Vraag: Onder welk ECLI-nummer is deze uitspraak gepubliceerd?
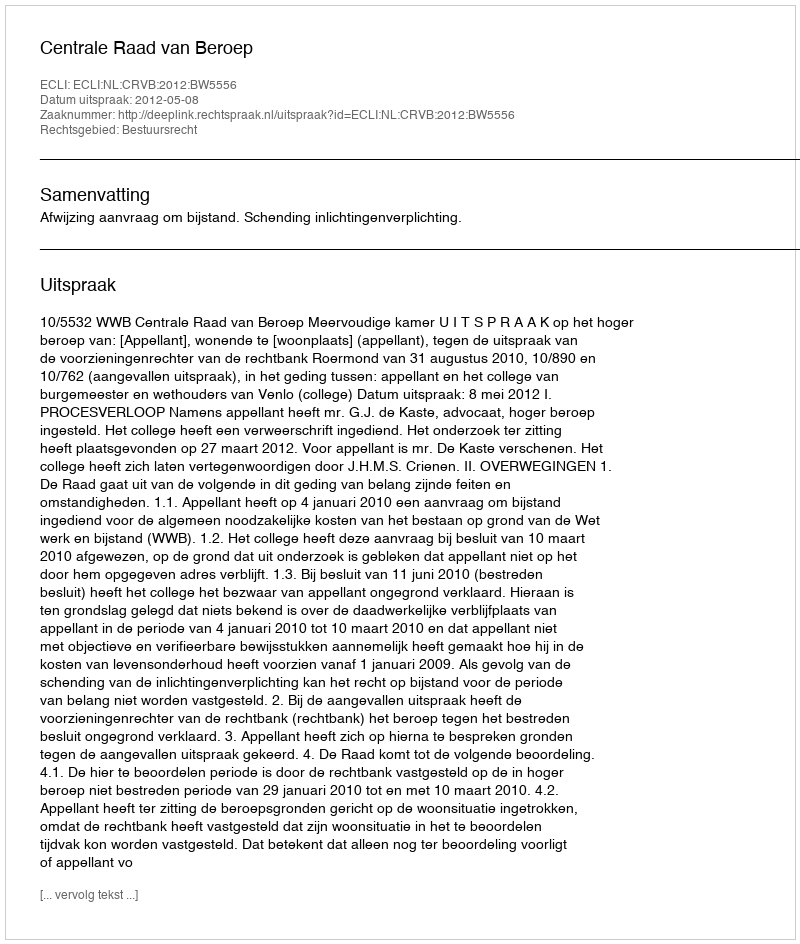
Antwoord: ECLI:NL:CRVB:2012:BW5556